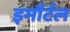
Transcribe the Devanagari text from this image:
इमौर्टल